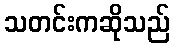
သတင်းကဆိုသည်